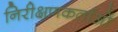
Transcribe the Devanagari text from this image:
निरीक्षणकर्ताओं